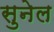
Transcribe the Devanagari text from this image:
सुनेल